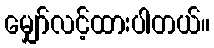
မျှော်လင့်ထားပါတယ်။